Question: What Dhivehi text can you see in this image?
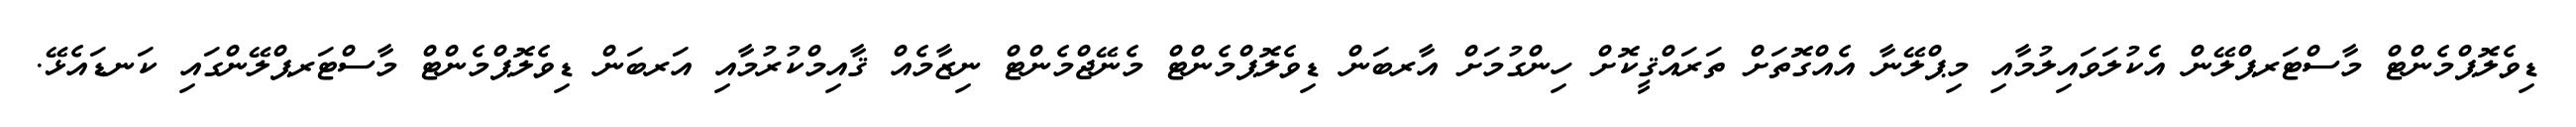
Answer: ޑިވެލޮޕްމެންޓް މާސްޓަރޕްލޭން އެކުލަވައިލުމާއި މިޕްލޭނާ އެއްގޮތަށް ތަރައްޤީކޮށް ހިންގުމަށް އާރބަން ޑިވެލޮޕްމެންޓް މެނޭޖްމެންޓް ނިޒާމެއް ޤާއިމްކުރުމާއި އަރބަން ޑިވެލޮޕްމެންޓް މާސްޓަރޕްލޭންގައި ކަނޑައެޅޭ.